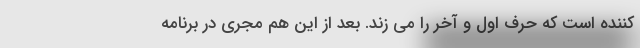
کننده است که حرف اول و آخر را می زند. بعد از این هم مجری در برنامه